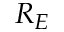
R _ { E }